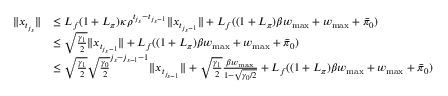
\begin{array} { r l } { \| x _ { t _ { j _ { s } } } \| } & { \leq L _ { f } ( 1 + L _ { \pi } ) \kappa \rho ^ { t _ { j _ { s } } - t _ { j _ { s } - 1 } } \| x _ { t _ { j _ { s } - 1 } } \| + L _ { f } ( ( 1 + L _ { \pi } ) \beta w _ { \operatorname* { m a x } } + w _ { \operatorname* { m a x } } + \bar { \pi } _ { 0 } ) } \\ & { \leq \sqrt { \frac { \gamma _ { 1 } } { 2 } } \| x _ { t _ { j _ { s } - 1 } } \| + L _ { f } ( ( 1 + L _ { \pi } ) \beta w _ { \operatorname* { m a x } } + w _ { \operatorname* { m a x } } + \bar { \pi } _ { 0 } ) } \\ & { \leq \sqrt { \frac { \gamma _ { 1 } } { 2 } } \sqrt { \frac { \gamma _ { 0 } } { 2 } } ^ { j _ { s } - j _ { s - 1 } - 1 } \| x _ { t _ { j _ { s - 1 } } } \| + \sqrt { \frac { \gamma _ { 1 } } { 2 } } \frac { \beta w _ { \operatorname* { m a x } } } { 1 - \sqrt { \gamma _ { 0 } / 2 } } + L _ { f } ( ( 1 + L _ { \pi } ) \beta w _ { \operatorname* { m a x } } + w _ { \operatorname* { m a x } } + \bar { \pi } _ { 0 } ) } \end{array}